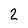
Character: 2